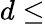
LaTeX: d\leq